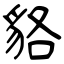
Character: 貉